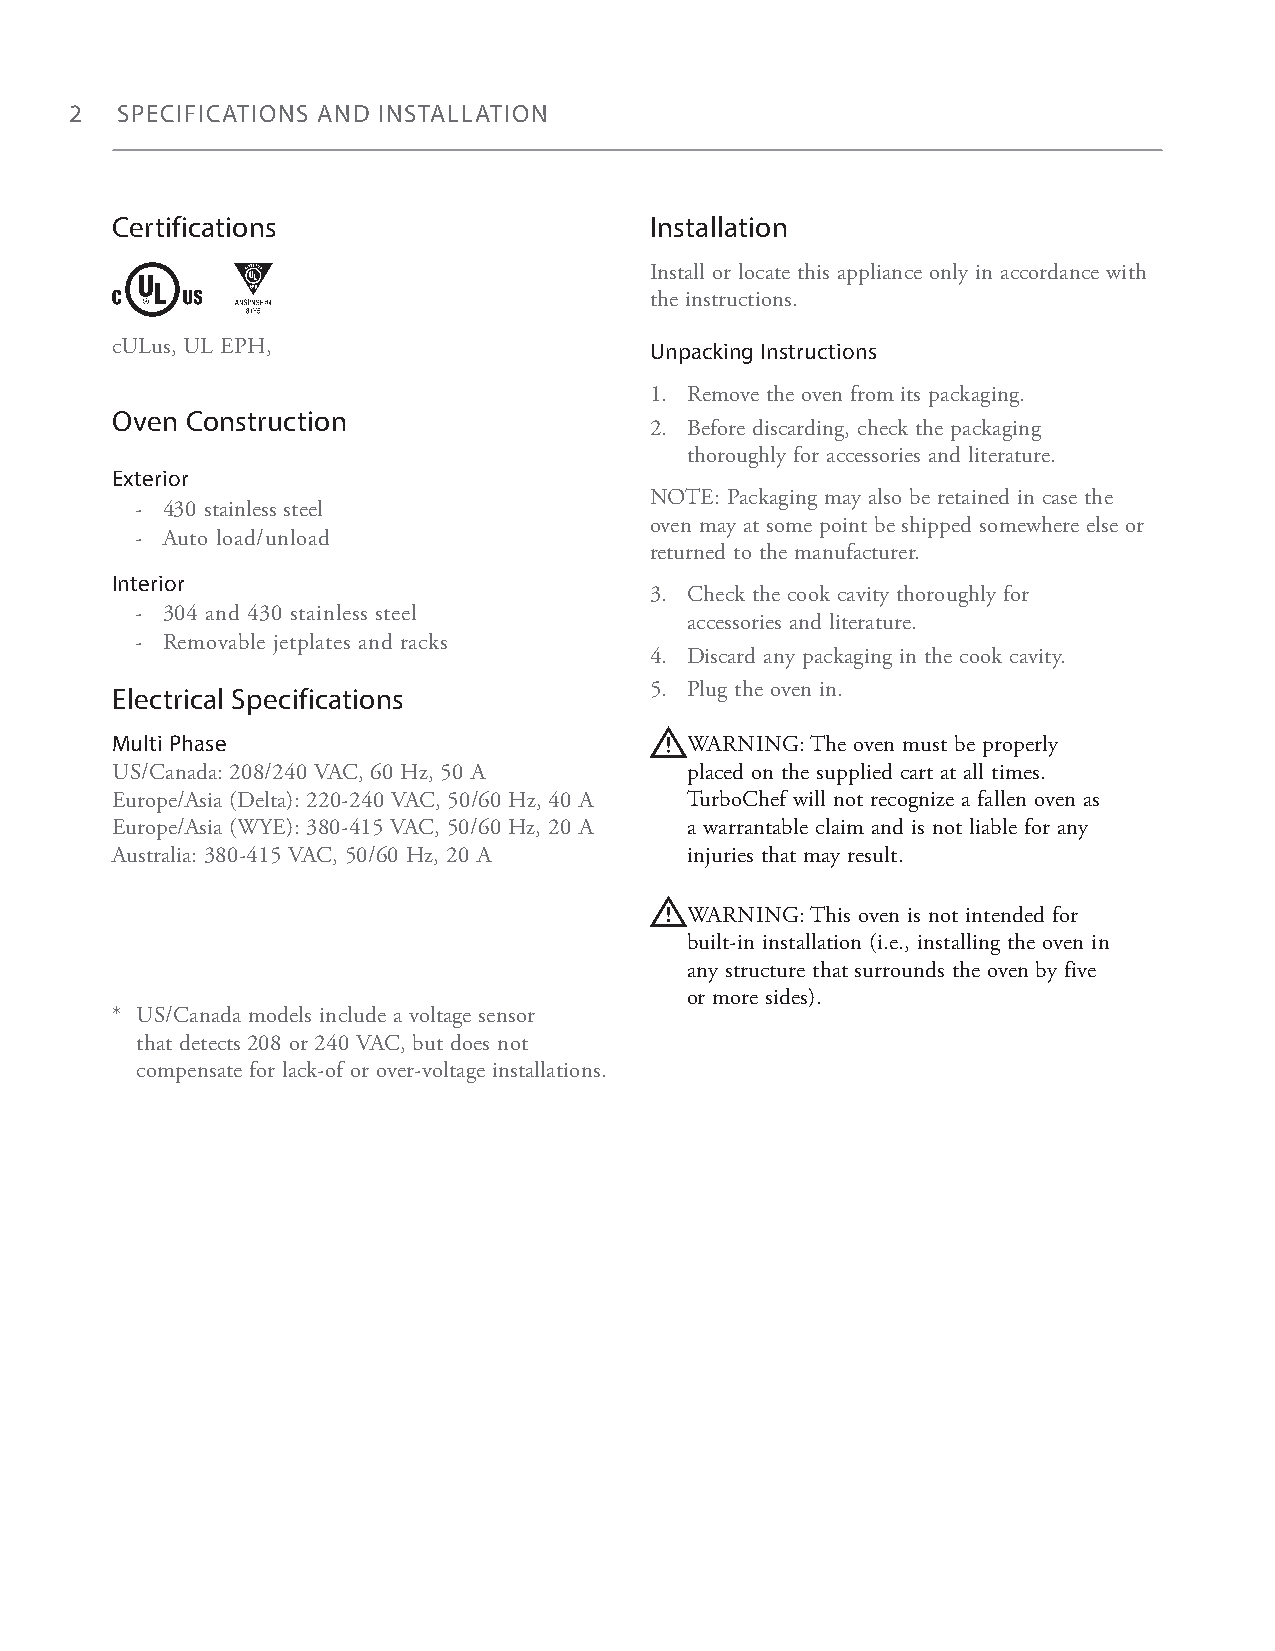
2  SPECIFICATIONS AND INSTALLATION
 Certifications                      Installation
 Install or locate this appliance only in accordance with
 the instructions.
 cULus, UL EPH,                      Unpacking Instructions
 1. Remove the oven from its packaging.
 Oven Construction
 2. Before discarding, check the packaging
 thoroughly for accessories and literature.
 Exterior
 NOTE: Packaging may also be retained in case the
 - 430 stainless steel
 oven may at some point be shipped somewhere else or
 - Auto load/unload
 returned to the manufacturer.
 Interior
 3. Check the cook cavity thoroughly for
 - 304 and 430 stainless steel
 accessories and literature.
 - Removable jetplates and racks
 4. Discard any packaging in the cook cavity.
 Electrical Specifications           5. Plug the oven in.
 Multi Phase                            WARNING: The oven must be properly
 US/Canada: 208/240 VAC, 60 Hz, 50 A   placed on the supplied cart at all times.
 Europe/Asia (Delta): 220-240 VAC, 50/60 Hz, 40 A TurboChef will not recognize a fallen oven as
 Europe/Asia (WYE): 380-415 VAC, 50/60 Hz, 20 A a warrantable claim and is not liable for any
 Australia: 380-415 VAC, 50/60 Hz, 20 A injuries that may result.
 WARNING: This oven is not intended for
 built-in installation (i.e., installing the oven in
 any structure that surrounds the oven by five
 or more sides).
 * US/Canada models include a voltage sensor
 that detects 208 or 240 VAC, but does not
 compensate for lack-of or over-voltage installations.